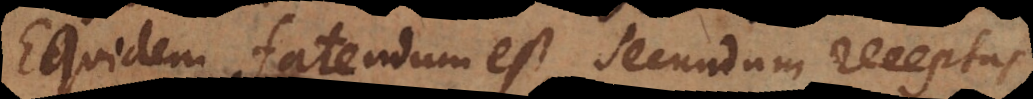
Equidem fatendum est, secundum receptas